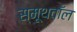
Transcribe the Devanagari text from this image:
स्मूथवॉल